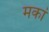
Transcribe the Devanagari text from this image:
मकां